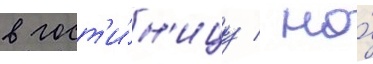
в гост'и́н'ицу / но́